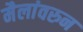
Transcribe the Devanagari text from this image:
मैलांवरुन